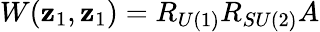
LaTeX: W(\mathbf{z}_{1},\mathbf{z}_{1})=R_{U(1)}R_{SU(2)}A